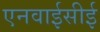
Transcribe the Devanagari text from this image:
एनवाईसीई